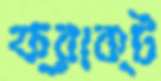
ফ্রাক্ট